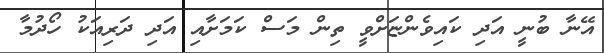
އޭނާ ބުނީ އަދި ކައިވެންޏަށްވީ ތިން މަސް ކަމަށާއި އަދި ދަރިއަކު ހޯދުމާ